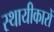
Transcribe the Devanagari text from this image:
स्थायीकारों